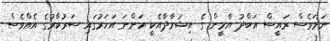
ނަމަވެސް ރައީސް އަބްދު ޔާމީން ގެ އިޝުރާދާއެކީ އަންނަ އަހަރުގައި ސަރުކާރުގެ އެއްވެސް